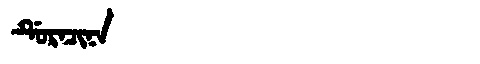
Manchu: ᡩᡠᡵᠠᠴᡳᠨᠠ
Romanization: DURACINA